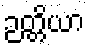
ဉတ္တိယာ